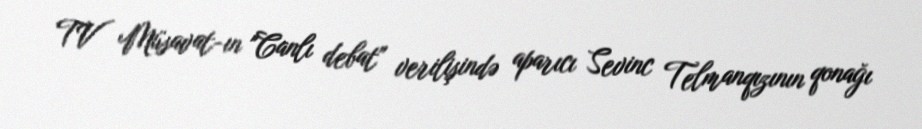
TV Müsavat-ın "Canlı debat" verilişində aparıcı Sevinc Telmanqızının qonağı